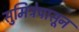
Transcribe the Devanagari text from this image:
सुमित्रेपासून